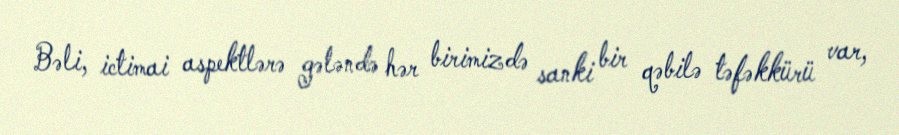
Bəli, ictimai aspektlərə gələndə hər birimizdə sanki bir qəbilə təfəkkürü var,